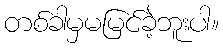
တစ်ခါမှမမြင်ခဲ့ဘူးပါ။